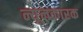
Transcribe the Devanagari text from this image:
न्यूनकारक